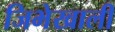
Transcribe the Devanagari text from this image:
जिभेखाली